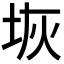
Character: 𭎑